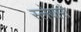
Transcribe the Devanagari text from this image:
स्लेयारों